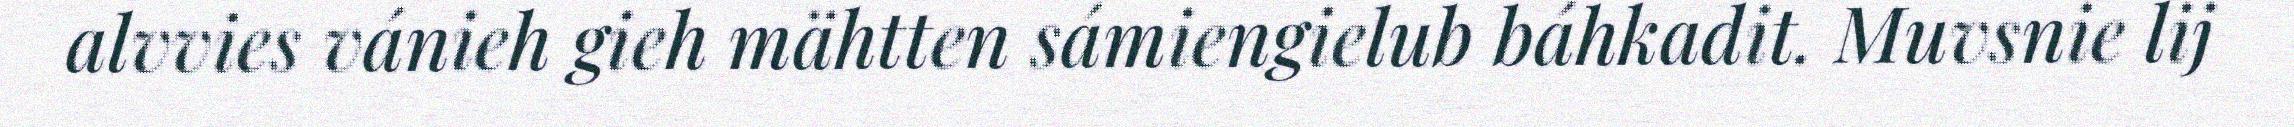
alvvies vánieh gieh mähtten sámiengielub báhkadit. Muvsnie lij